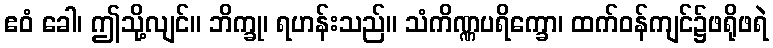
ဧဝံ ခေါ၊ ဤသို့လျင်။ ဘိက္ခု၊ ရဟန်းသည်။ သံကိဏ္ဏပရိက္ခော၊ ထက်ဝန်ကျင်၌ဖရိုဖရဲ